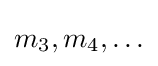
m_{3},m_{4},\ldots